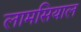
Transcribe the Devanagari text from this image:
लामसियाल